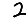
Digit: 2